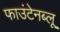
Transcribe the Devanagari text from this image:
फाउंटेनब्‍लू